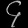
Digit: ၄